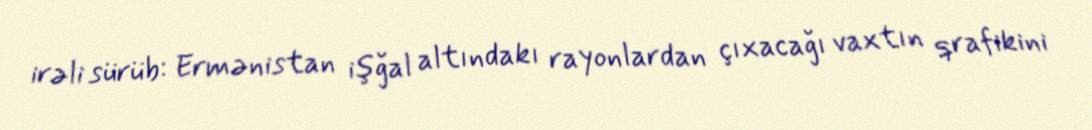
irəli sürüb: Ermənistan işğal altındakı rayonlardan çıxacağı vaxtın qrafikini